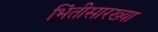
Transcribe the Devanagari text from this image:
भिंतीसारख्या